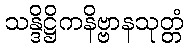
သန္ဒိဋ္ဌိကနိဗ္ဗာနသုတ္တံ